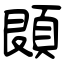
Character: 䫀